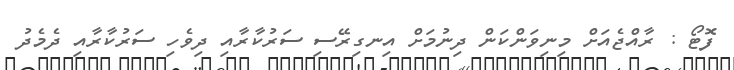
ފޮޓޯ : ރާއްޖެއަށް މިނިވަންކަން ދިނުމަށް އިނގިރޭސި ސަރުކާރާއި ދިވެހި ސަރުކާރާއި ދެމެދު